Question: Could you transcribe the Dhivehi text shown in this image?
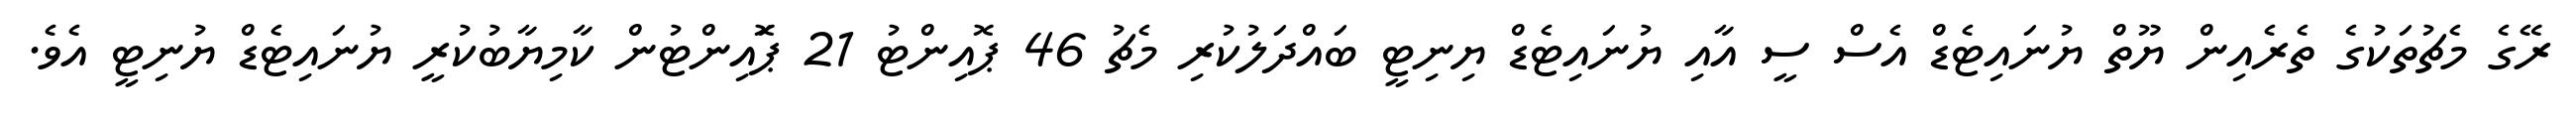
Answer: ރޭގެ މެޗުތަކުގެ ތެރެއިން ޔޫތް ޔުނައިޓެޑް އެސް ސީ އާއި ޔުނައިޓެޑް ޔިނިޓީ ބައްދަލުކުރި މެޗު 46 ޕޮއިންޓު 21 ޕަޮއިންޓުން ކާމިޔާބުކުރީ ޔުނައިޓެޑް ޔުނިޓީ އެވެ.